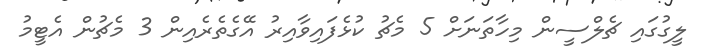
ލީގުގައި ޗެލްސީން މިހާތަނަށް 5 މެޗު ކުޅެފައިވާއިރު އޭގެތެރެއިން 3 މެޗުން އެޓީމު